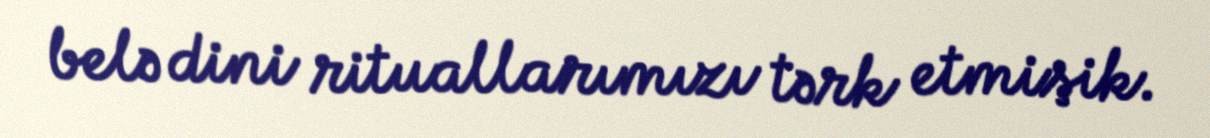
belə dini rituallarımızı tərk etmişik.